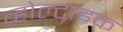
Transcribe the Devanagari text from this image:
व्होल्टाइक